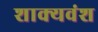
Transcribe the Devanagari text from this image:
शाक्यवंश